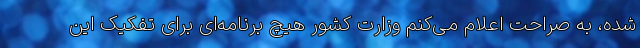
شده، به صراحت اعلام می‌کنم وزارت کشور هیچ برنامه‌ای برای تفکیک این